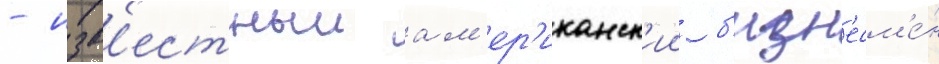
- изв'естныи ам'ер'иканск'ии б'изн'есм'е́н